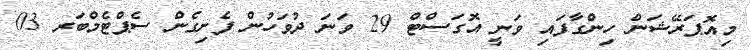
މިއޮޕަރޭޝަން ހިންގާފައި ވަނީ އޮގަސްޓް 29 ވަނަ ދުވަހުން ފެށިގެން ސެޕްޓެމްބަރ 03